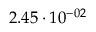
2 . 4 5 \cdot 1 0 ^ { - 0 2 }